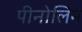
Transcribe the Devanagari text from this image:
पीनोलिन